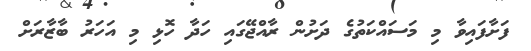
ފަށާފައިވާ މި މަސައްކަތުގެ ދަށުން ރާއްޖޭގައި ހަދާ ހޮޅި މި އަހަރު ބާޒާރަށް